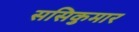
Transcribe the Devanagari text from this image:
ससिकुमार